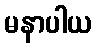
မနာပါယ